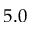
5 . 0